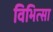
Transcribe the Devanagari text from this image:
विभित्सा